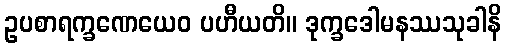
ဥပစာရက္ခဏေယေဝ ပဟီယတိ။ ဒုက္ခဒေါမနဿသုခါနိ